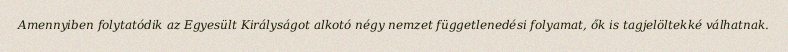
Amennyiben folytatódik az Egyesült Királyságot alkotó négy nemzet függetlenedési folyamat, ők is tagjelöltekké válhatnak.